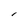
Character: l